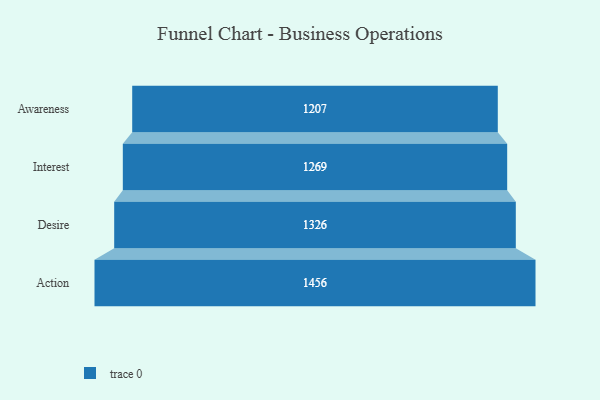
{"axis": {"x": "Stage", "y": "Value"}, "legend": [""], "data": [{"x": "Awareness", "y": 1207.0, "type": ""}, {"x": "Interest", "y": 1269.0, "type": ""}, {"x": "Desire", "y": 1326.0, "type": ""}, {"x": "Action", "y": 1456.0, "type": ""}]}